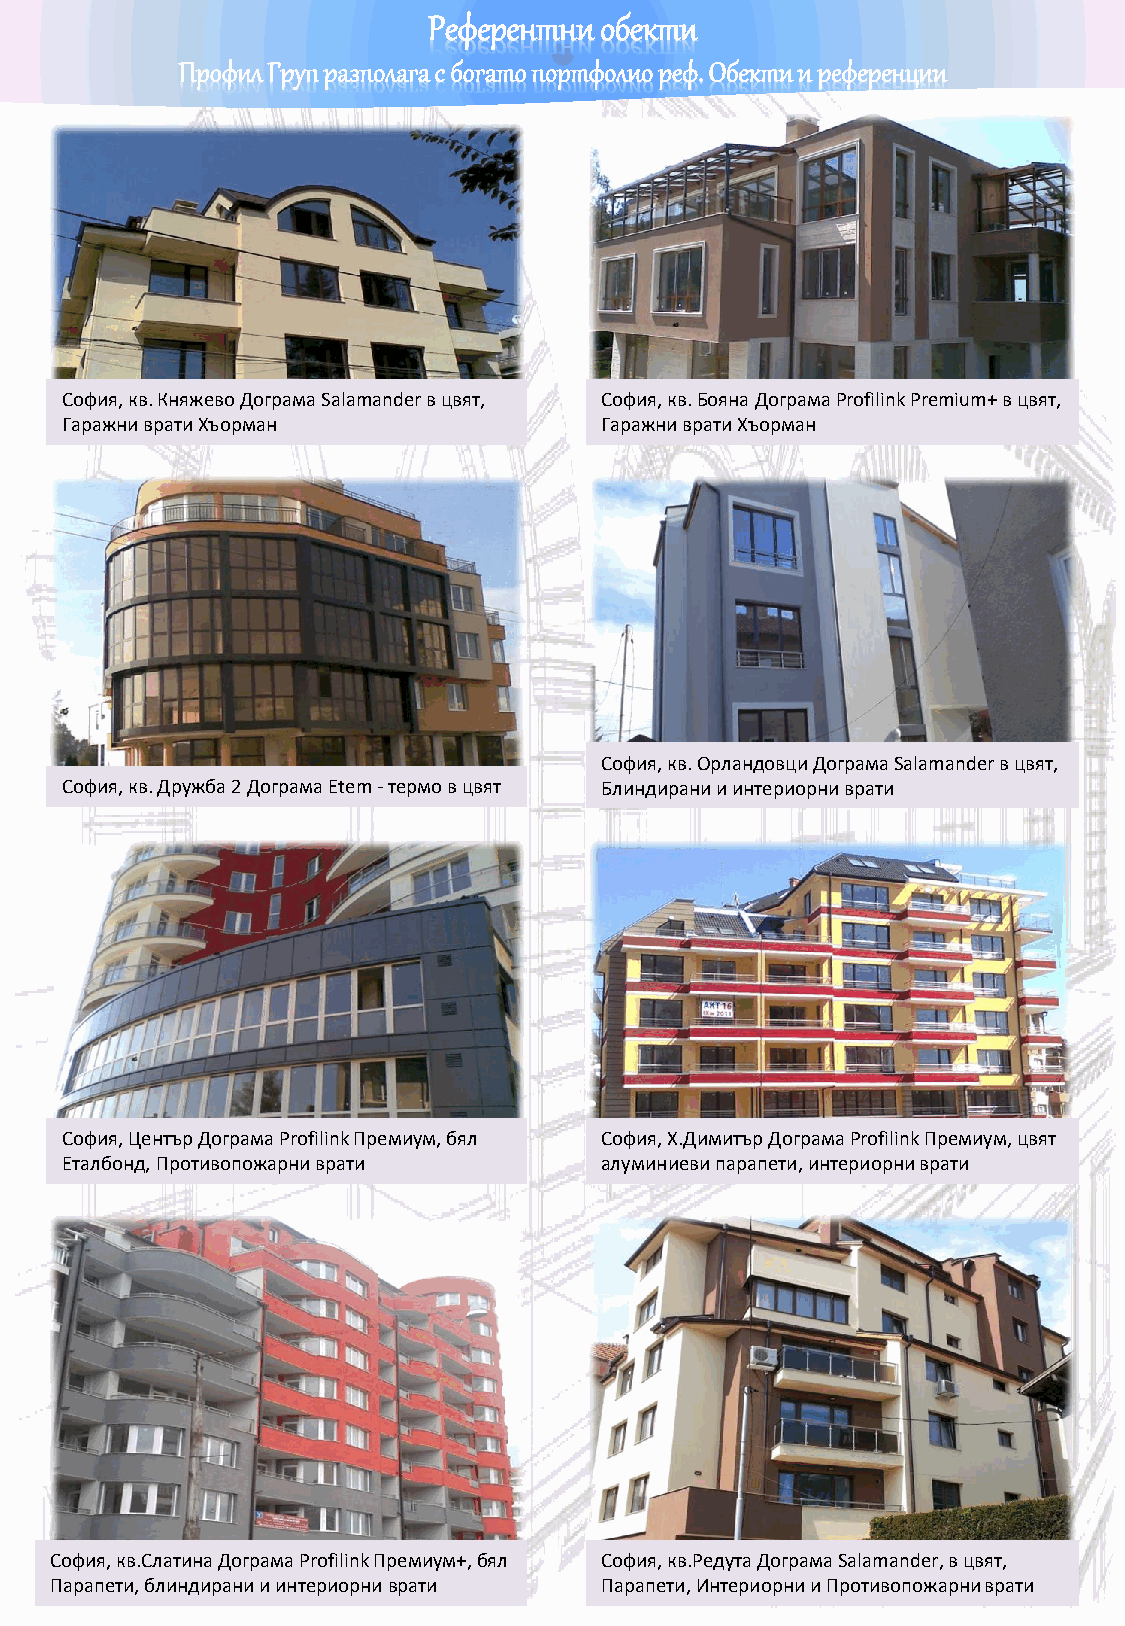
Референтни  обекти
 Профил Груп разполага с богато портфолио реф. Обекти и референции
 София, кв. Княжево Дограма Salamanderв цвят, София, кв. Бояна Дограма ProfilinkPremium+ в цвят,
 Гаражни врати Хъорман               Гаражни врати Хъорман
 София, кв. ОрландовциДограма Salamanderв цвят,
 София, кв. Дружба 2Дограма Etem-термов цвят Блиндирани и интериорни врати
 София, ЦентърДограма ProfilinkПремиум,бял София, Х.ДимитърДограма ProfilinkПремиум, цвят
 Еталбонд, Противопожарни врати      алуминиеви парапети, интериорни врати
 София, кв.СлатинаДограма ProfilinkПремиум+,бял София, кв.РедутаДограма Salamander,в цвят,
 Парапети, блиндирани и интериорни врати Парапети, Интериорни и Противопожарни врати